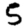
Digit: 5